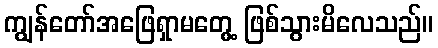
ကျွန်တော်အဖြေရှာမတွေ့ ဖြစ်သွားမိလေသည်။